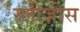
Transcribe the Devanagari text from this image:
स्लीज़ीस